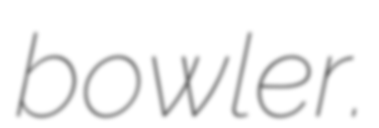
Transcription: bowler.